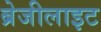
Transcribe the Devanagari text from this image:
ब्रेजीलाइट